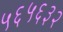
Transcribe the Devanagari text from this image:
५६५६३२